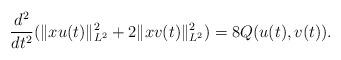
LaTeX: \begin{align*} \frac{d^2}{dt^2} (\|xu(t)\|^2_{L^2} + 2 \|xv(t)\|^2_{L^2}) = 8 Q(u(t),v(t)).\end{align*}